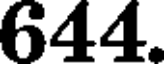
644.